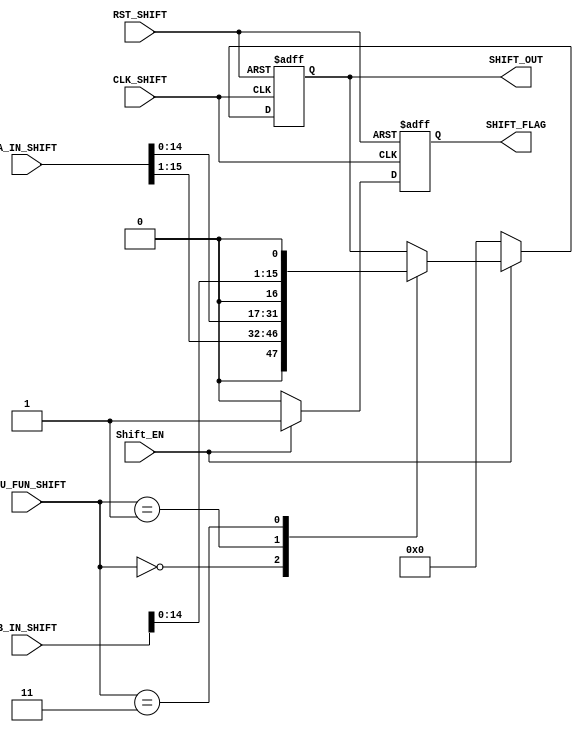
module SHIFT_UNIT #(
    parameter A_width = 16,
    parameter B_width = 16,
    parameter SHIFT_OUT_width = 16
) (
    input wire [A_width- 1:0] A_IN_SHIFT,
    input wire [B_width- 1:0] B_IN_SHIFT,
    input wire CLK_SHIFT,
    input wire RST_SHIFT,
    input wire [1:0] ALU_FUN_SHIFT,
    input wire Shift_EN,
    output reg SHIFT_FLAG,
    output reg [SHIFT_OUT_width- 1:0] SHIFT_OUT
);

  localparam LeftA = 2'b00;
  localparam RightA = 2'b01;
  localparam LeftB = 2'b10;
  localparam RightB = 2'b11;


  always @(posedge CLK_SHIFT or negedge RST_SHIFT) begin
    if (!RST_SHIFT) begin
      SHIFT_OUT  <= 0;
      SHIFT_FLAG <= 0;
    end else begin
      if (Shift_EN) begin
        SHIFT_FLAG <= 1;
        case (ALU_FUN_SHIFT)
          LeftA:  SHIFT_OUT <= A_IN_SHIFT >> 1;
          RightA: SHIFT_OUT <= A_IN_SHIFT << 1;
          LeftA:  SHIFT_OUT <= B_IN_SHIFT >> 1;
          RightB: SHIFT_OUT <= B_IN_SHIFT << 1;
        endcase
      end else begin
        SHIFT_OUT <= 0;
        SHIFT_FLAG <= 0;
      end
    end
  end
endmodule